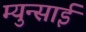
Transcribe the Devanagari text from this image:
म्युन्साई